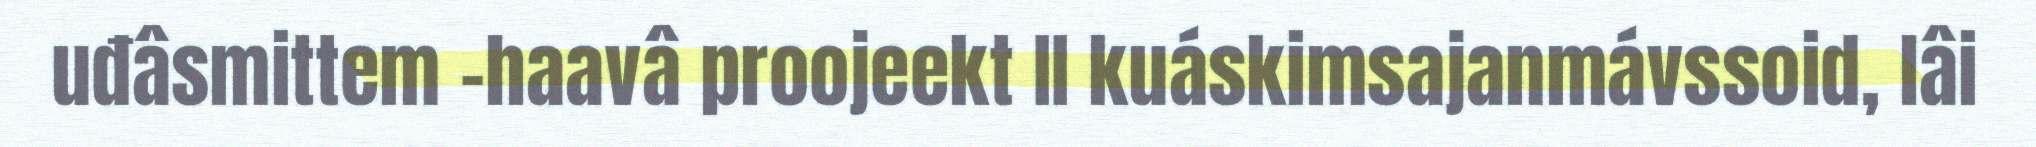
uđâsmittem -haavâ proojeekt II kuáskimsajanmávssoid, lâi